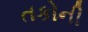
તકોની